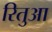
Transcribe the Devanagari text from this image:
रितुआ